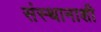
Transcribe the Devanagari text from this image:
संस्थानाशी